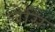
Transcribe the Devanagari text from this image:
चेसि